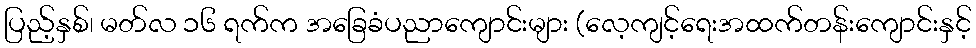
ပြည့်နှစ်၊ မတ်လ ၁၆ ရက်က အခြေခံပညာကျောင်းများ (လေ့ကျင့်ရေးအထက်တန်းကျောင်းနှင့်